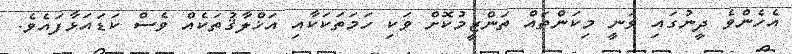
އެހެންވެ ދީނުގައި ވަނީ މިކަންތައް ތަންޒީމުކޮށް ވަކި ހަމަތަކަކާއި އަޚްލާޤުތަކެއް ވެސް ކަޑައަޅާފައެވެ.